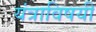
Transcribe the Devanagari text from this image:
यंत्राविषयी